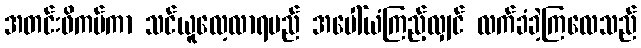
အတင်းဖိကပ်ကာ သင်ယူလေ့လာရမည် အပေါ်ယံကြည့်လျှင် လက်ခံခဲ့ကြလေသည်